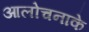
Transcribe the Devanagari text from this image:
आलोचनाके